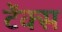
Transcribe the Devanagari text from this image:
टेंक्स